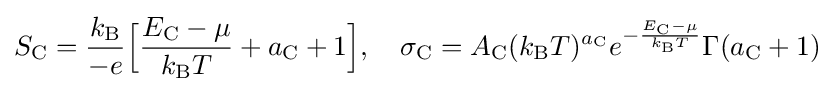
S_{\rm {C}}={\frac {k_{\rm {B}}}{-e}}{\Big [}{\frac {E_{\rm {C}}-\mu }{k_{\rm {B}}T}}+a_{\rm {C}}+1{\Big ]},\quad \sigma _{\rm {C}}=A_{\rm {C}}(k_{\rm {B}}T)^{a_{\rm {C}}}e^{-{\frac {E_{\rm {C}}-\mu }{k_{\rm {B}}T}}}\Gamma (a_{\rm {C}}+1)